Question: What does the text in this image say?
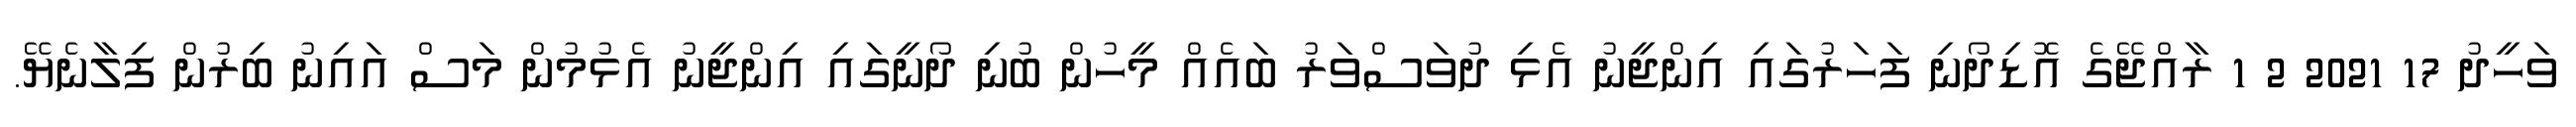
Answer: ވަހީދު 17 2021 2 1 ރާއްޖޭގެ އޮޑިދޯނި ފަހަރުގައި އިންޖީނު އެޅި ދުވަސްވަރު ބައެއް މީހުން ބުނި ދޯނީގައި އިންޖީނު އެޅުމުން މަސް އައިނު ބިރުން ފިލާނެޔޭ.